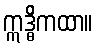
ဣဒ္ဓိကထာ။